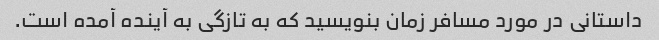
داستانی در مورد مسافر زمان بنویسید که به تازگی به آینده آمده است.